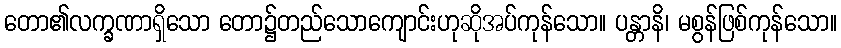
တော၏လက္ခဏာရှိသော တော၌တည်သောကျောင်းဟုဆိုအပ်ကုန်သော။ ပန္တာနိ၊ မစွန်ဖြစ်ကုန်သော။